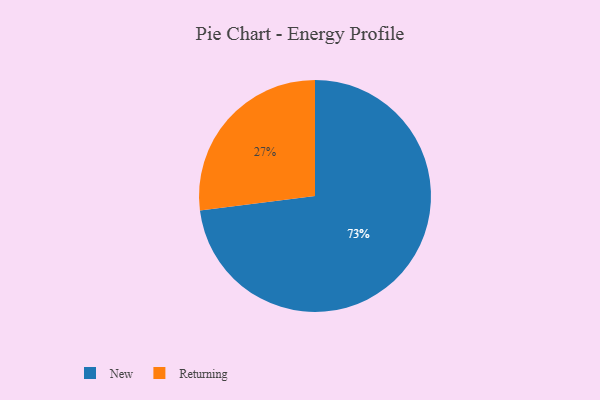
{"axis": {"x": "Category", "y": "Percentage"}, "legend": ["New", "Returning"], "data": [{"x": "Returning", "y": 27, "type": "Returning"}, {"x": "New", "y": 73, "type": "New"}]}